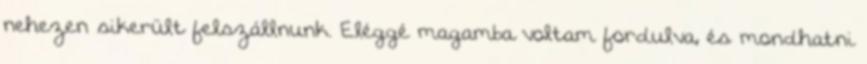
nehezen sikerült felszállnunk. Eléggé magamba voltam fordulva, és mondhatni